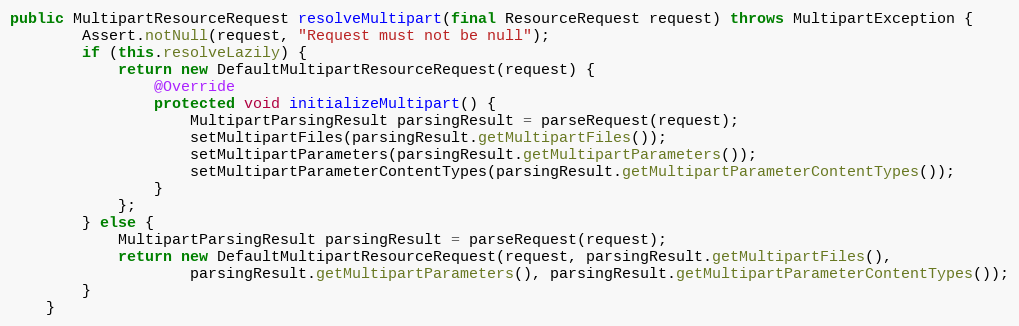
Language: Java
public MultipartResourceRequest resolveMultipart(final ResourceRequest request) throws MultipartException {
        Assert.notNull(request, "Request must not be null");
        if (this.resolveLazily) {
            return new DefaultMultipartResourceRequest(request) {
                @Override
                protected void initializeMultipart() {
                    MultipartParsingResult parsingResult = parseRequest(request);
                    setMultipartFiles(parsingResult.getMultipartFiles());
                    setMultipartParameters(parsingResult.getMultipartParameters());
                    setMultipartParameterContentTypes(parsingResult.getMultipartParameterContentTypes());
                }
            };
        } else {
            MultipartParsingResult parsingResult = parseRequest(request);
            return new DefaultMultipartResourceRequest(request, parsingResult.getMultipartFiles(),
                    parsingResult.getMultipartParameters(), parsingResult.getMultipartParameterContentTypes());
        }
    }